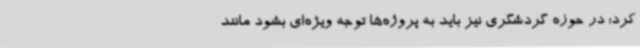
کرد: در حوزه گردشگری نیز باید به پروژه‌ها توجه ویژه‌ای بشود مانند